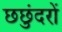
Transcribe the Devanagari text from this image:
छछुंदरों